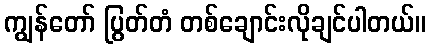
ကျွန်တော် ပြွတ်တံ တစ်ချောင်းလိုချင်ပါတယ်။